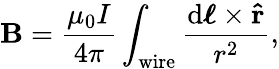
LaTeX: \mathbf{B}={\frac{\mu_{0}I}{4\pi}}\int_{\mathrm{wire}}{\frac{\mathrm{d}{\boldsymbol{\ell}}\times\mathbf{\hat{r}}}{r^{2}}},